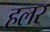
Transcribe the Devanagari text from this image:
हलर